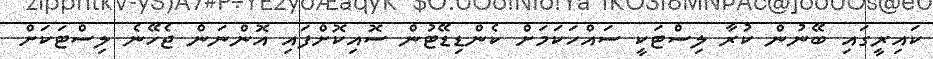
ކައިރީގައި ބޭނުން ކުރާ ލިސްޓަކީ ސައްހަކަމަށް ކެންޑިޑޭޓުން ސޮއިކޮށްފައި އޮންނަން ޖެހޭނެ ލިސްޓަކަށް